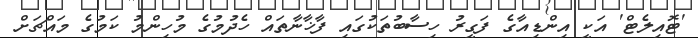
'ޓޮއިލެޓް' އަކީ އިންޑިއާގެ ފަގީރު ހިސާބުތަކުގައި ފާޚާނާތައް ހެދުމުގެ މުހިންމު ކަމުގެ މައްޗަށް